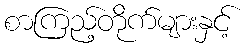
စာကြည့်တိုက်များနှင့်